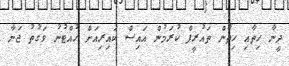
ދީނާ ހިތާއި ހިތުން ތައުރީފް ކުރަމުން އައިސް ކައިރިއަށް ހުއްޓުނު ވަގުތު ޖަނާ